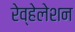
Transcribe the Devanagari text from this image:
रेव्हेलेशन